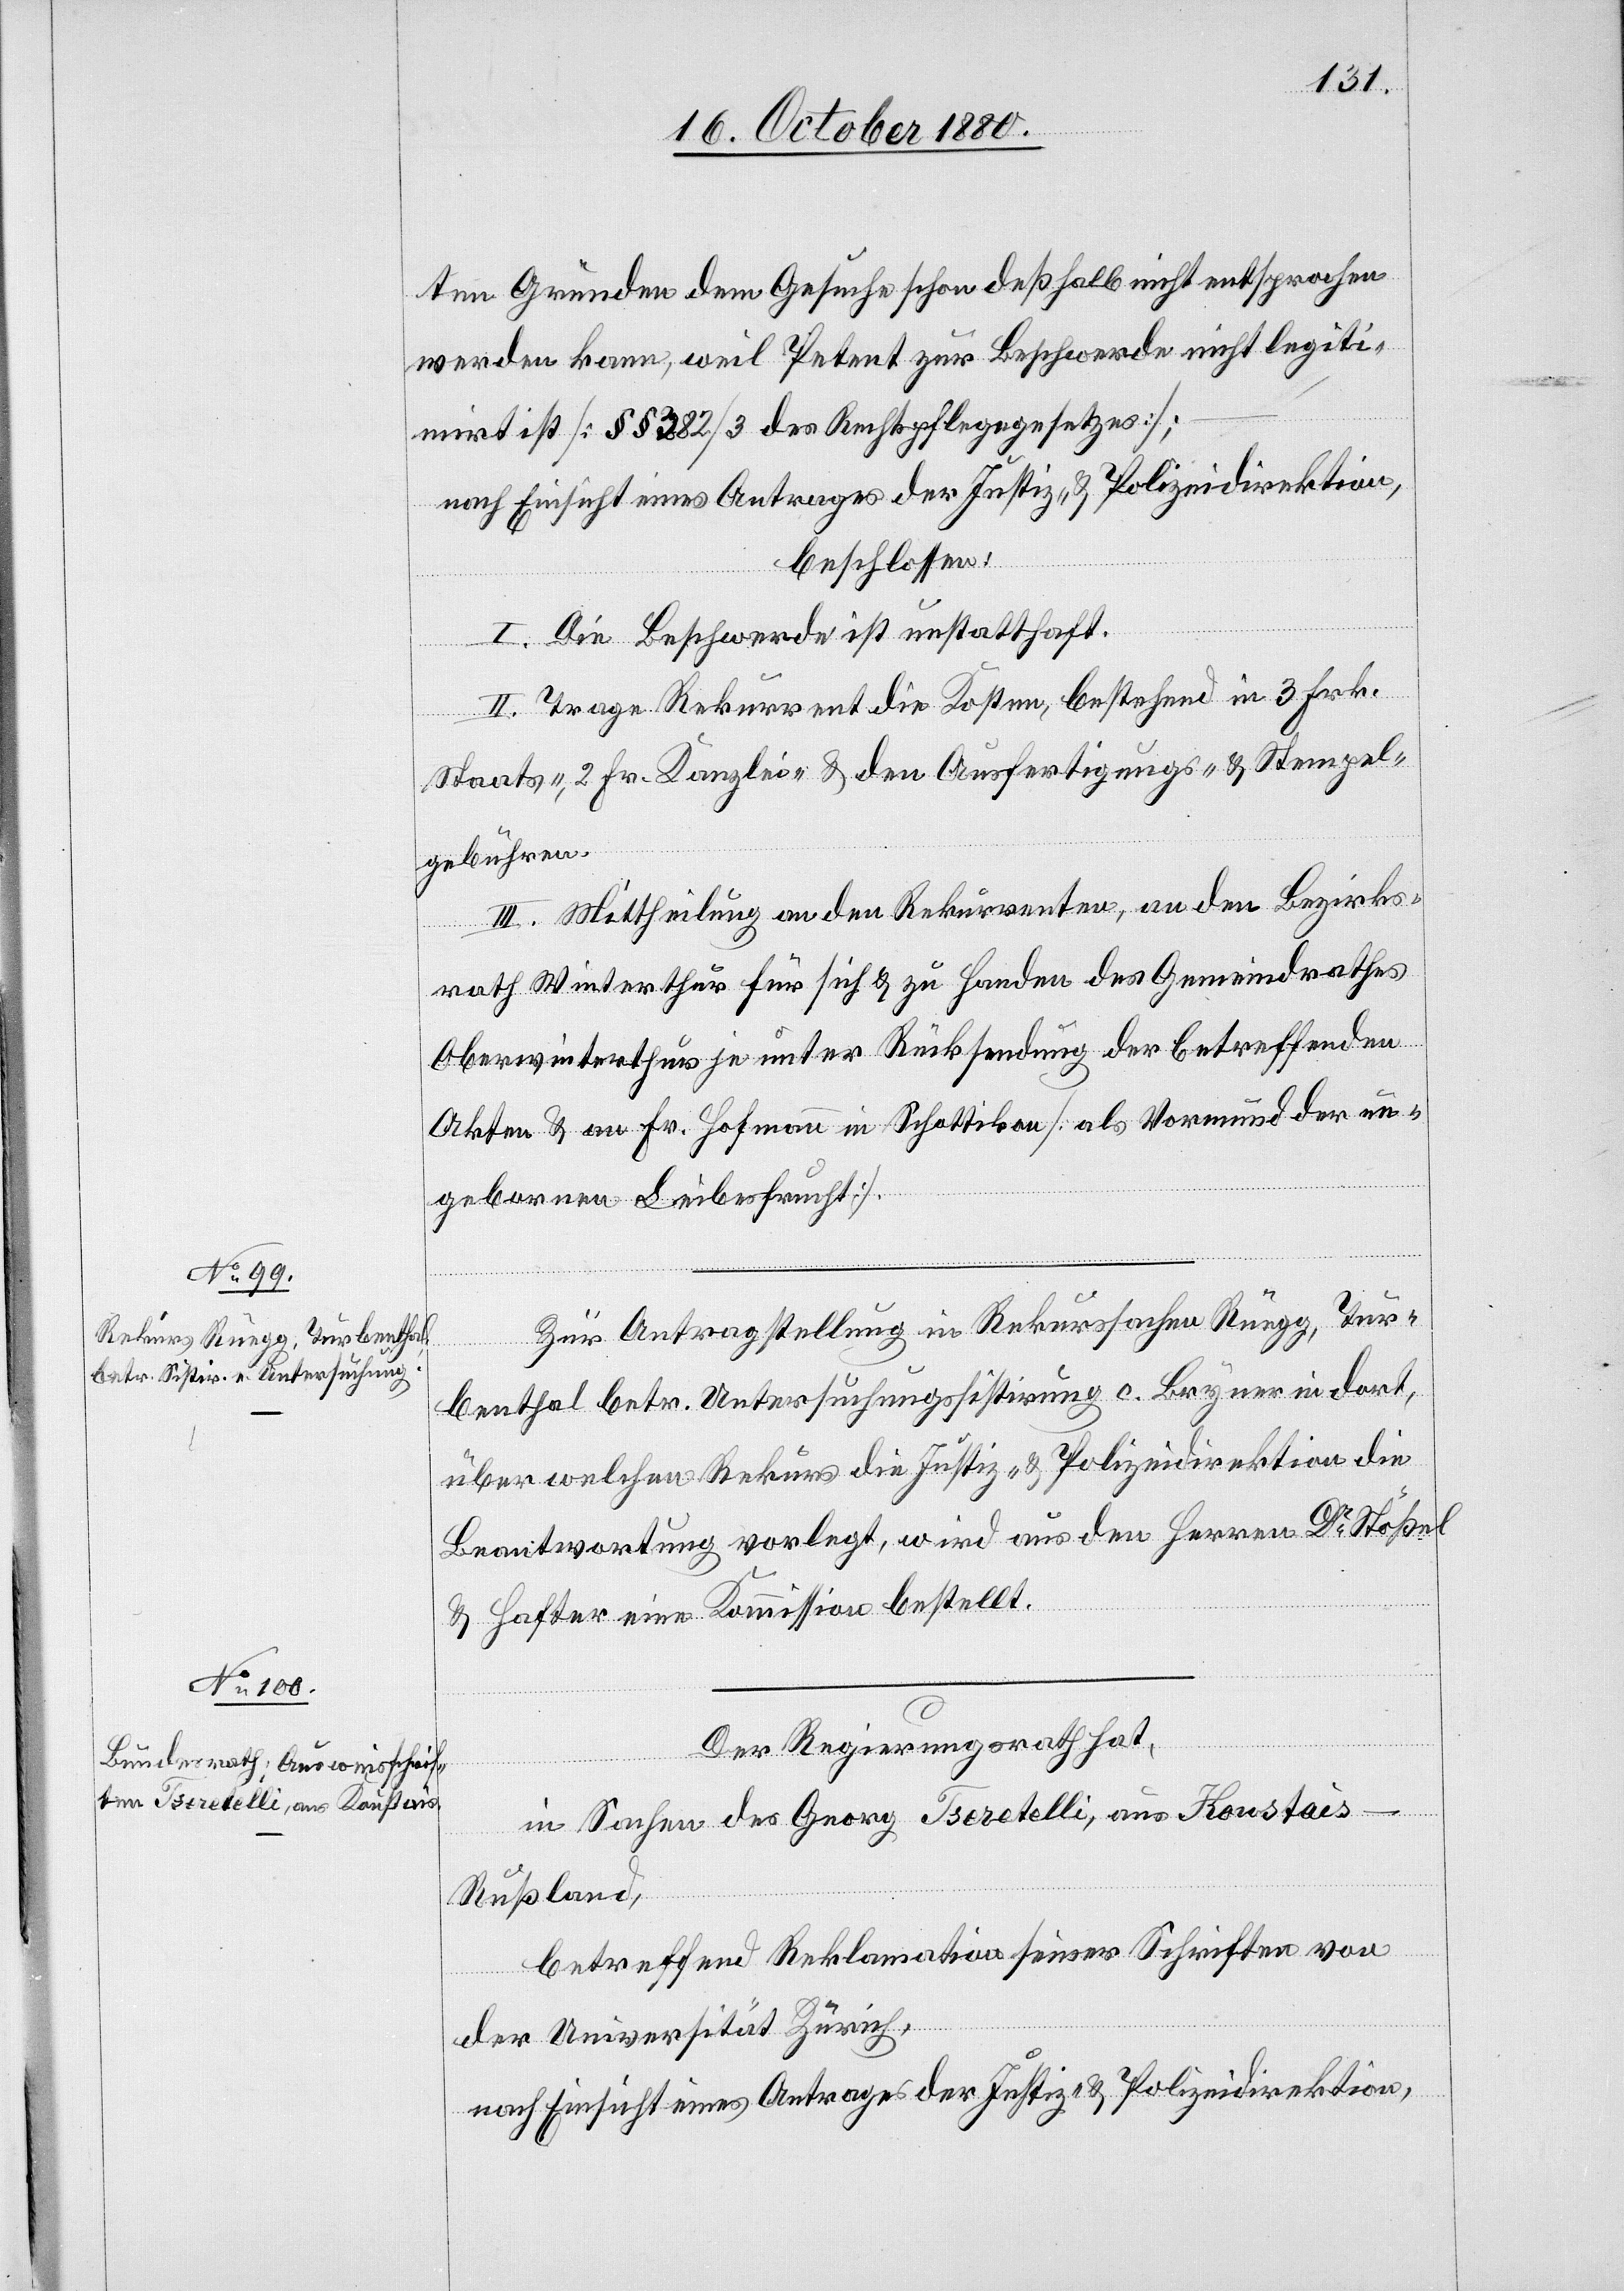
ten Gründen dem Gesuche schon deßhalb nicht entsprochen
werden kann, weil Petent zur Beschwerde nicht legiti¬
mirt ist [§§ 382/3 des Rechtspflegegesetzes];
nach Einsicht eines Antrages der Justiz- & Polizeidirektion,
beschlossen:
I. Die Beschwerde ist unstatthaft.
II. Trage Rekurrent die Kosten, bestehend in 3 Frk.
Staats-, 2 Fr. Kanzlei- & den Ausfertigungs- & Stempel¬
gebühren.
III. Mittheilung an den Rekurrenten, an den Bezirks¬
rath Winterthur für sich & zu Handen des Gemeindrathes
Oberwinterthur je unter Rücksendung der betreffenden
Akten & an Hr. Hofmann in Schottikon [als Vormund der un¬
geborenen Leibesfrucht].
Zur Antragstellung in Rekurssachen Rüegg, Tur¬
benthal betr. Untersuchungssistirung c. Bryner in dort,
über welchen Rekurs die Justiz- & Polizeidirektion die
Beantwortung vorlegt, wird aus den Herren Dr Stößel
& Hafter eine Kommission bestellt.
Der Regierungsrath hat,
in Sachen des Georg Fratelli, aus Konstais
Rußland,
betreffend Reklamation seiner Schriften von
der Universität Zürich,
nach Einsicht eines Antrages der Justiz- & Polizeidirektion,